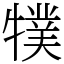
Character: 㹒